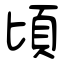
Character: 頃